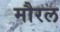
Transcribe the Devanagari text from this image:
मौरल